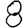
Digit: 8